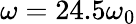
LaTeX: \omega=24.5\omega_{0}